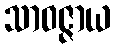
သာဝဇ္ဇာယ